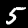
Label: 5